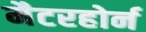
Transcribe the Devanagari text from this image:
मैटरहोर्न